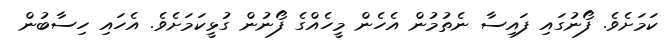
ކަމަށެވެ. ފޯނުގައި ފައިސާ ނެތުމުން އެހެން މީހެއްގެ ފޯނުން ގުޅީކަމަށެވެ. އެހައި ހިސާބުން